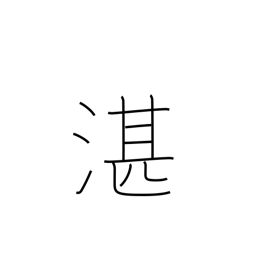
Meaning: deep